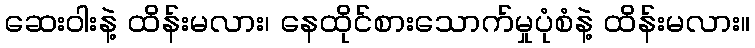
ဆေးဝါးနဲ့ ထိန်းမလား၊ နေထိုင်စားသောက်မှုပုံစံနဲ့ ထိန်းမလား။